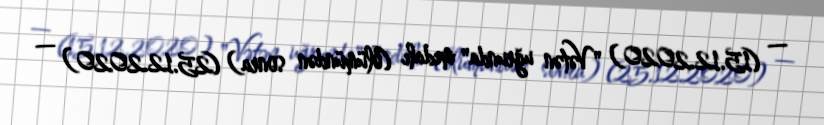
— (15.12.2020) "Vətən uğrunda" medalı (ölümündən sonra) (25.12.2020) —